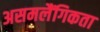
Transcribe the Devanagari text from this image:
असमलैंगिकता